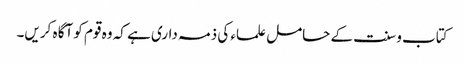
کتاب و سنت کے حامل علماء کی ذمہ داری ہے کہ وہ قوم کو آگا ہ کریں۔